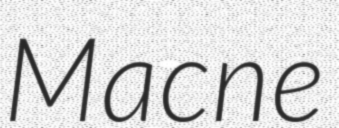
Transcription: Macne